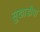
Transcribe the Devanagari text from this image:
सुखाडीया